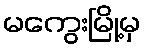
မကွေးမြို့မှ